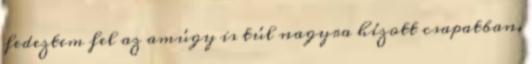
fedeztem fel az amúgy is túl nagyra hízott csapatban.